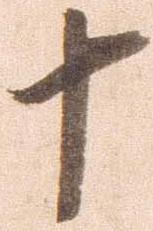
十